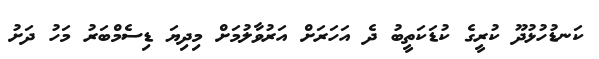
ކަނޑުހުޅުދޫ ކުރީގެ ކުޑަކަތީބު ދެ އަހަރަށް އަރުވާލުމަށް މިދިޔަ ޑިސެމްބަރު މަހު ދަށު